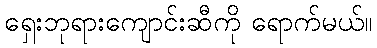
ရှေးဘုရားကျောင်းဆီကို ရောက်မယ်။